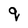
Character: q